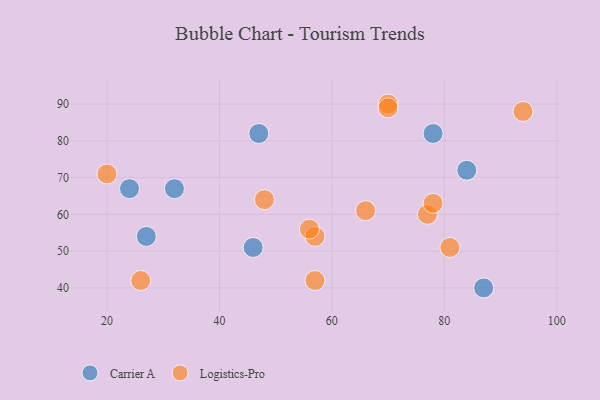
{"axis": {"x": "GDP", "y": "Life Expectancy"}, "legend": ["Carrier A", "Logistics-Pro"], "data": [{"x": "87", "y": 40, "type": "Carrier A"}, {"x": "24", "y": 67, "type": "Carrier A"}, {"x": "47", "y": 82, "type": "Carrier A"}, {"x": "84", "y": 72, "type": "Carrier A"}, {"x": "46", "y": 51, "type": "Carrier A"}, {"x": "32", "y": 67, "type": "Carrier A"}, {"x": "78", "y": 82, "type": "Carrier A"}, {"x": "27", "y": 54, "type": "Carrier A"}, {"x": "57", "y": 54, "type": "Logistics-Pro"}, {"x": "70", "y": 90, "type": "Logistics-Pro"}, {"x": "70", "y": 89, "type": "Logistics-Pro"}, {"x": "20", "y": 71, "type": "Logistics-Pro"}, {"x": "26", "y": 42, "type": "Logistics-Pro"}, {"x": "77", "y": 60, "type": "Logistics-Pro"}, {"x": "81", "y": 51, "type": "Logistics-Pro"}, {"x": "78", "y": 63, "type": "Logistics-Pro"}, {"x": "94", "y": 88, "type": "Logistics-Pro"}, {"x": "66", "y": 61, "type": "Logistics-Pro"}, {"x": "48", "y": 64, "type": "Logistics-Pro"}, {"x": "56", "y": 56, "type": "Logistics-Pro"}, {"x": "57", "y": 42, "type": "Logistics-Pro"}]}